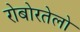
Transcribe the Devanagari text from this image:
रोबोरतेलो